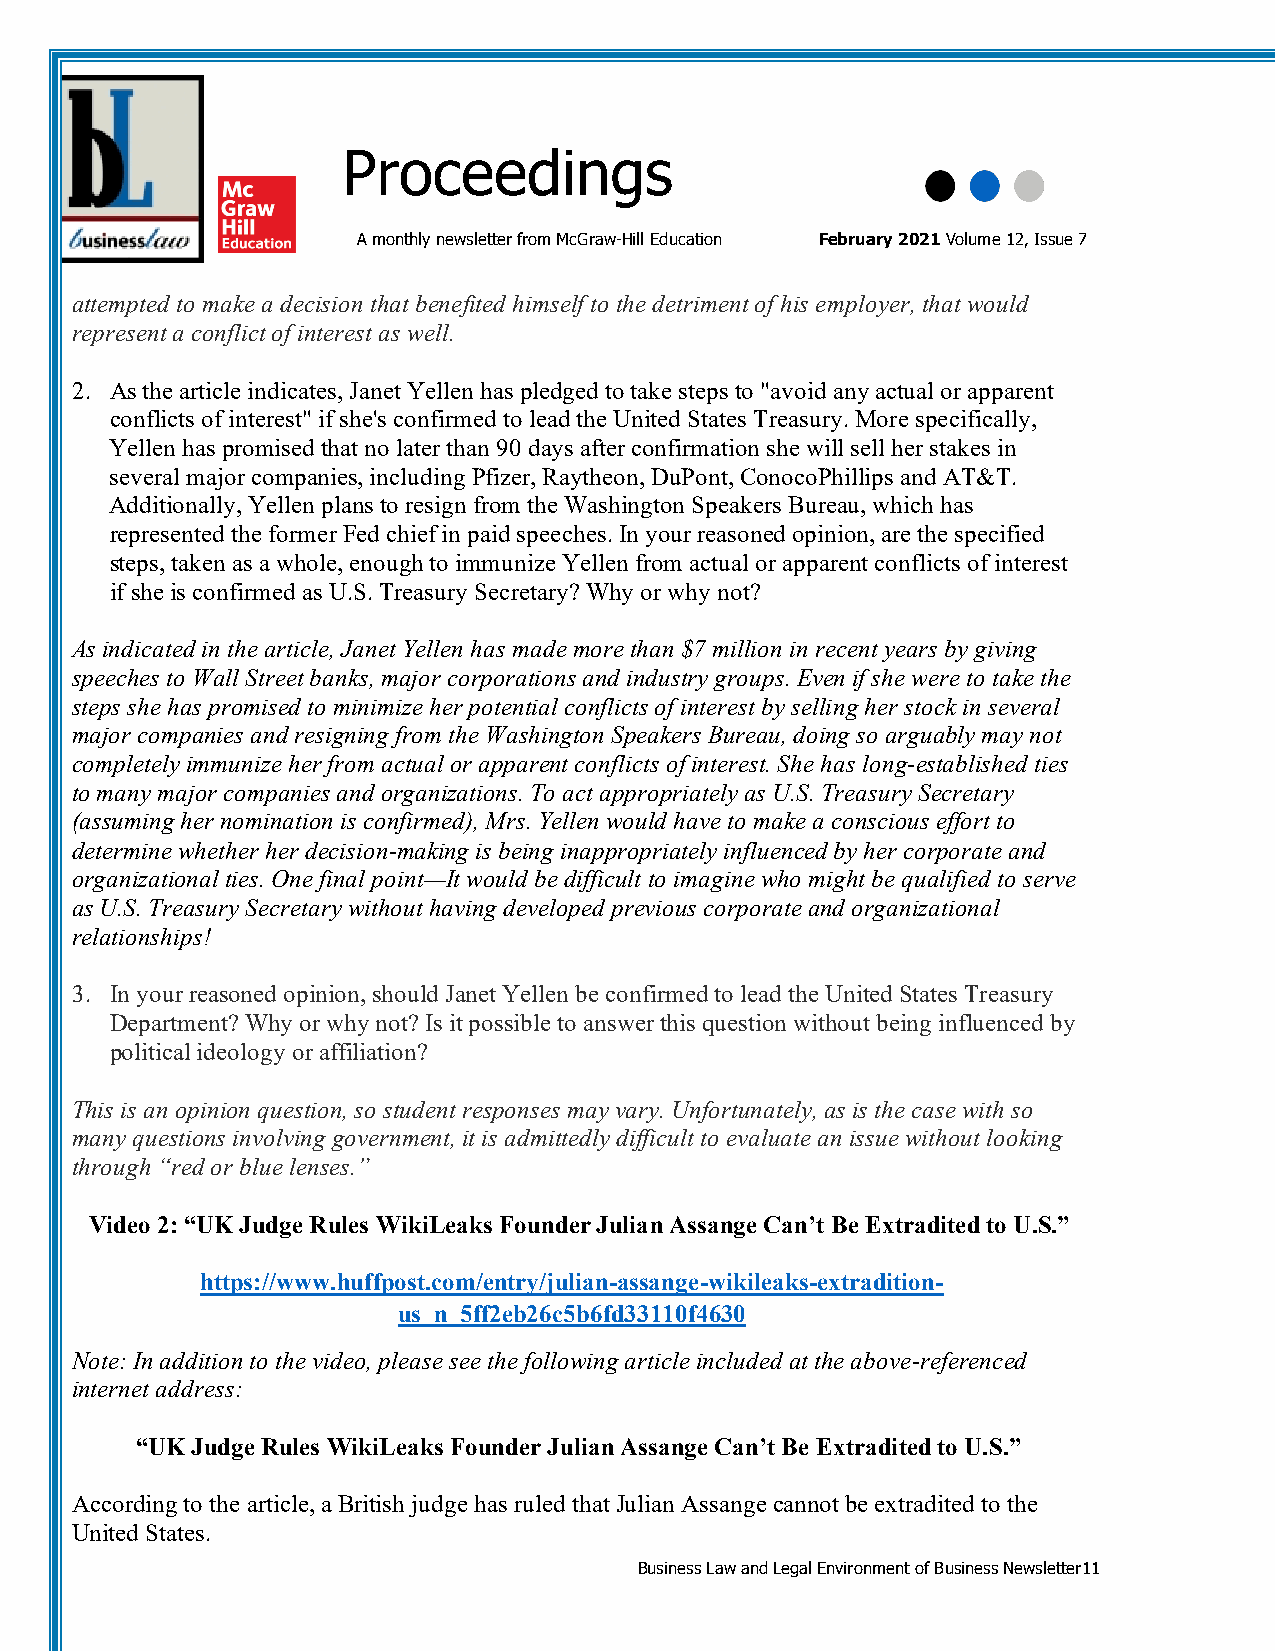
Proceedings
 A monthly newsletter from McGraw-Hill Education February 2021 Volume 12, Issue 7
 attempted to make a decision that benefited himself to the detriment of his employer, that would
 represent a conflict of interest as well.
 2. As the article indicates, Janet Yellen has pledged to take steps to "avoid any actual or apparent
 conflicts of interest" if she's confirmed to lead the United States Treasury. More specifically,
 Yellen has promised that no later than 90 days after confirmation she will sell her stakes in
 several major companies, including Pfizer, Raytheon, DuPont, ConocoPhillips and AT&T.
 Additionally, Yellen plans to resign from the Washington Speakers Bureau, which has
 represented the former Fed chief in paid speeches. In your reasoned opinion, are the specified
 steps, taken as a whole, enough to immunize Yellen from actual or apparent conflicts of interest
 if she is confirmed as U.S. Treasury Secretary? Why or why not?
 As indicated in the article, Janet Yellen has made more than $7 million in recent years by giving
 speeches to Wall Street banks, major corporations and industry groups. Even if she were to take the
 steps she has promised to minimize her potential conflicts of interest by selling her stock in several
 major companies and resigning from the Washington Speakers Bureau, doing so arguably may not
 completely immunize her from actual or apparent conflicts of interest. She has long-established ties
 to many major companies and organizations. To act appropriately as U.S. Treasury Secretary
 (assuming her nomination is confirmed), Mrs. Yellen would have to make a conscious effort to
 determine whether her decision-making is being inappropriately influenced by her corporate and
 organizational ties. One final point—It would be difficult to imagine who might be qualified to serve
 as U.S. Treasury Secretary without having developed previous corporate and organizational
 relationships!
 3. In your reasoned opinion, should Janet Yellen be confirmed to lead the United States Treasury
 Department? Why or why not? Is it possible to answer this question without being influenced by
 political ideology or affiliation?
 This is an opinion question, so student responses may vary. Unfortunately, as is the case with so
 many questions involving government, it is admittedly difficult to evaluate an issue without looking
 through “red or blue lenses.”
 Video 2: “UK Judge Rules WikiLeaks Founder Julian Assange Can’t Be Extradited to U.S.”
 https://www.huffpost.com/entry/julian-assange-wikileaks-extradition-
 us_n_5ff2eb26c5b6fd33110f4630
 Note: In addition to the video, please see the following article included at the above-referenced
 internet address:
 “UK Judge Rules WikiLeaks Founder Julian Assange Can’t Be Extradited to U.S.”
 According to the article, a British judge has ruled that Julian Assange cannot be extradited to the
 United States.
 Business Law and Legal Environment of Business Newsletter11